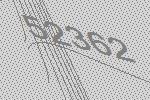
52362